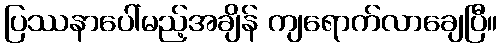
ပြဿနာပေါ်မည့်အချိန် ကျရောက်လာချေပြီ။